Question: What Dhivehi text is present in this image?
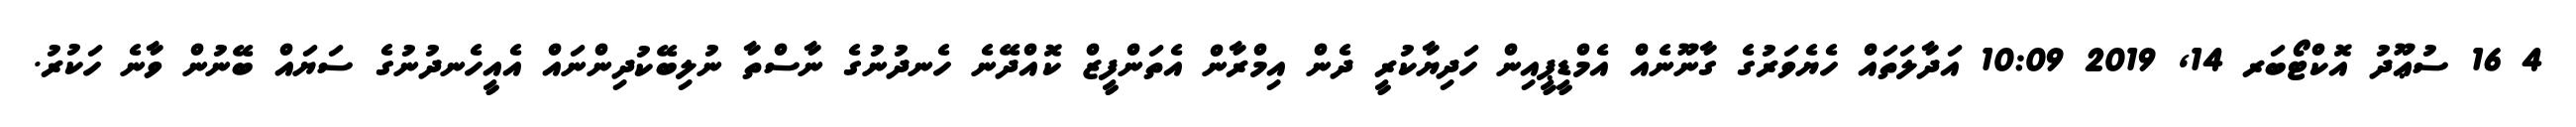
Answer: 4 16 ސުޢޫދު އޮކްޓޯބަރ 14, 2019 10:09 އަދާލަތައް ހެޔެވަރުގެ ގާނޫނެއް އެމްޑީޕީއިން ހަދިޔާކުރީ ދެން އިމްރާން އެތަންފީޒް ކޮއްދޭނެ ހެނދުނުގެ ނާސްތާ ނުލިބޭކުދިންނައް އެއީހެނދުނުގެ ސަޔައް ބޭނުން ވާނެ ހަކުރު.